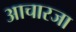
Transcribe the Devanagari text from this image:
आचारजा